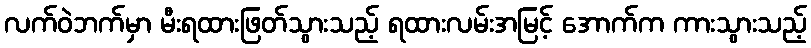
လက်ဝဲဘက်မှာ မီးရထားဖြတ်သွားသည့် ရထားလမ်းအမြင့် အောက်က ကားသွားသည့်